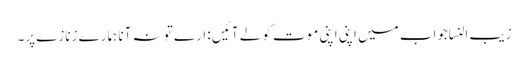
زیب النساجواب میں اپنی اپنی موت کو لے آئیں : ارے تو نہ آنا ہمارے زنازے پر۔